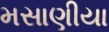
મસાણીયા